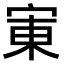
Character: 𫳒